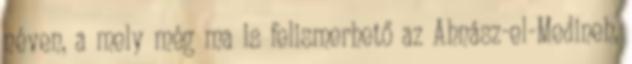
néven, a mely még ma is felismerhető az Ahnász-el-Medineh,